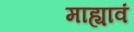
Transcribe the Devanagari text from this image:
माह्यावं